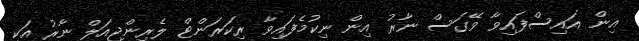
އިން އައިސްފައިވާ ވޭގަސް ނާރު އިން ނިކުމެފައިވާ ރިކަރަންޓް ލެރިންޖިއަލް ނާރު އަކީ